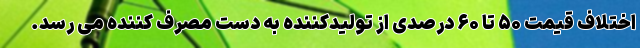
اختلاف قیمت ۵۰ تا ۶۰ درصدی از تولیدکننده به دست مصرف کننده می رسد.